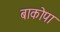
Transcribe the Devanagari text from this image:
बाकोपा